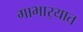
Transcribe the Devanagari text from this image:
गाभार्‍यात